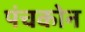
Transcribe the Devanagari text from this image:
पंचकोन